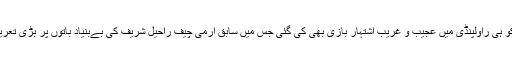
23اکتوبر کو ہی راولپنڈی میں عجیب و غریب اشتہار بازی بھی کی گئی جس میں سابق آرمی چیف راحیل شریف کی بےبنیاد باتوں پر بڑی تعریف کی گئی۔